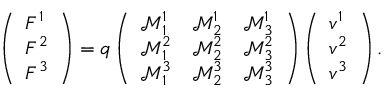
\left( \begin{array} { l } { F ^ { 1 } } \\ { F ^ { 2 } } \\ { F ^ { 3 } } \end{array} \right) = q \left( \begin{array} { l l l } { \mathcal { M } ^ { 1 } _ { 1 } } & { \mathcal { M } ^ { 1 } _ { 2 } } & { \mathcal { M } ^ { 1 } _ { 3 } } \\ { \mathcal { M } ^ { 2 } _ { 1 } } & { \mathcal { M } ^ { 2 } _ { 2 } } & { \mathcal { M } ^ { 2 } _ { 3 } } \\ { \mathcal { M } ^ { 3 } _ { 1 } } & { \mathcal { M } ^ { 3 } _ { 2 } } & { \mathcal { M } ^ { 3 } _ { 3 } } \end{array} \right) \left( \begin{array} { l } { v ^ { 1 } } \\ { v ^ { 2 } } \\ { v ^ { 3 } } \end{array} \right) .